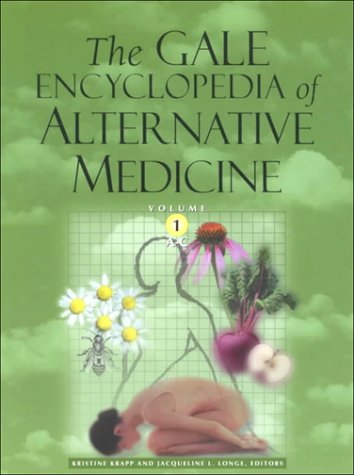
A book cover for The Gale Encyclopedia of Alternative Medicine, Volume 1; Editors Kristine Krapp and Jacqueline Lo; Health, Fitness & Dieting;